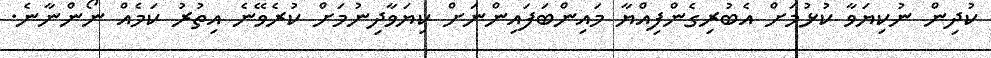
ކުދިން ނުކިޔަވާ ކުޅުމަށް އެބުރިގެންފިއްޔާ މައިންބަފައިންނަށް ކިޔަވާދިނުމަށް ކުރެވޭނެ އިތުރު ކަމެއް ނޯންނާނެ.